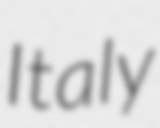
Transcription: Italy